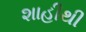
શાહીથી